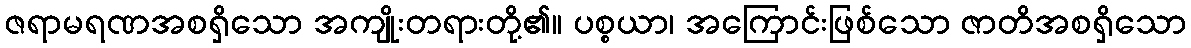
ဇရာမရဏအစရှိသော အကျိုးတရားတို့၏။ ပစ္စယာ၊ အကြောင်းဖြစ်သော ဇာတိအစရှိသော